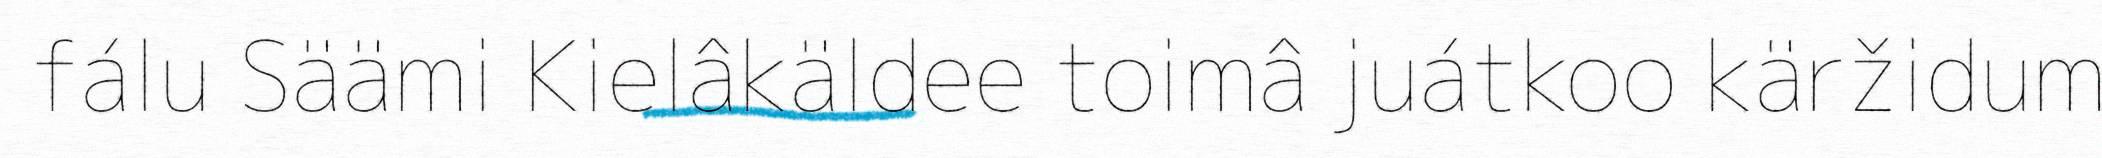
fálu Säämi Kielâkäldee toimâ juátkoo käržidum